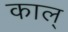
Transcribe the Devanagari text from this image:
काल्